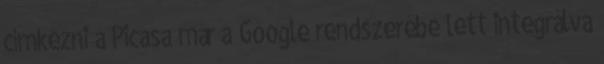
címkézni a Picasa már a Google rendszerébe lett integrálva